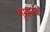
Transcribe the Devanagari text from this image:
गुरुमन्त्र।